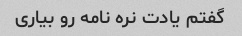
گفتم یادت نره نامه رو بیاری